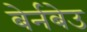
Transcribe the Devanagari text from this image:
बेर्नबेउ